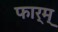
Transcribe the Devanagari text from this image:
फार्म्